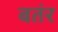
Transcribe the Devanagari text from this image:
बतंर